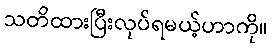
သတိထားပြီးလုပ်ရမယ့်ဟာကို။